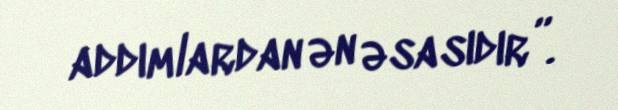
addımlardan ən əsasıdır”.